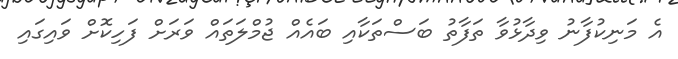
އެ މަނިކުފާނު ވިދާޅުވާ ތަފާތު ބަސްތަކާއި ބައެއް ޖުމްލަތައް ވަރަށް ފަހިކޮށް ވައިގައި